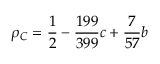
\rho _ { C } = \frac { 1 } { 2 } - \frac { 1 9 9 } { 3 9 9 } c + \frac { 7 } { 5 7 } b